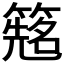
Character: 𬕰